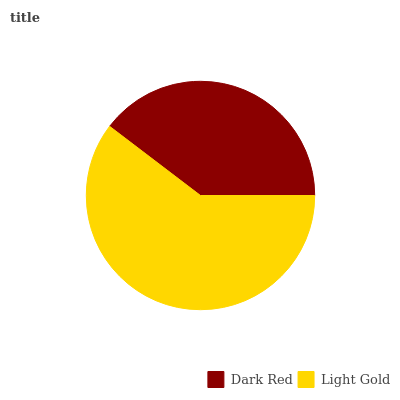
| Dark Red | Light Gold |
 | --- | --- |
 | 39.6% | 60.4% |